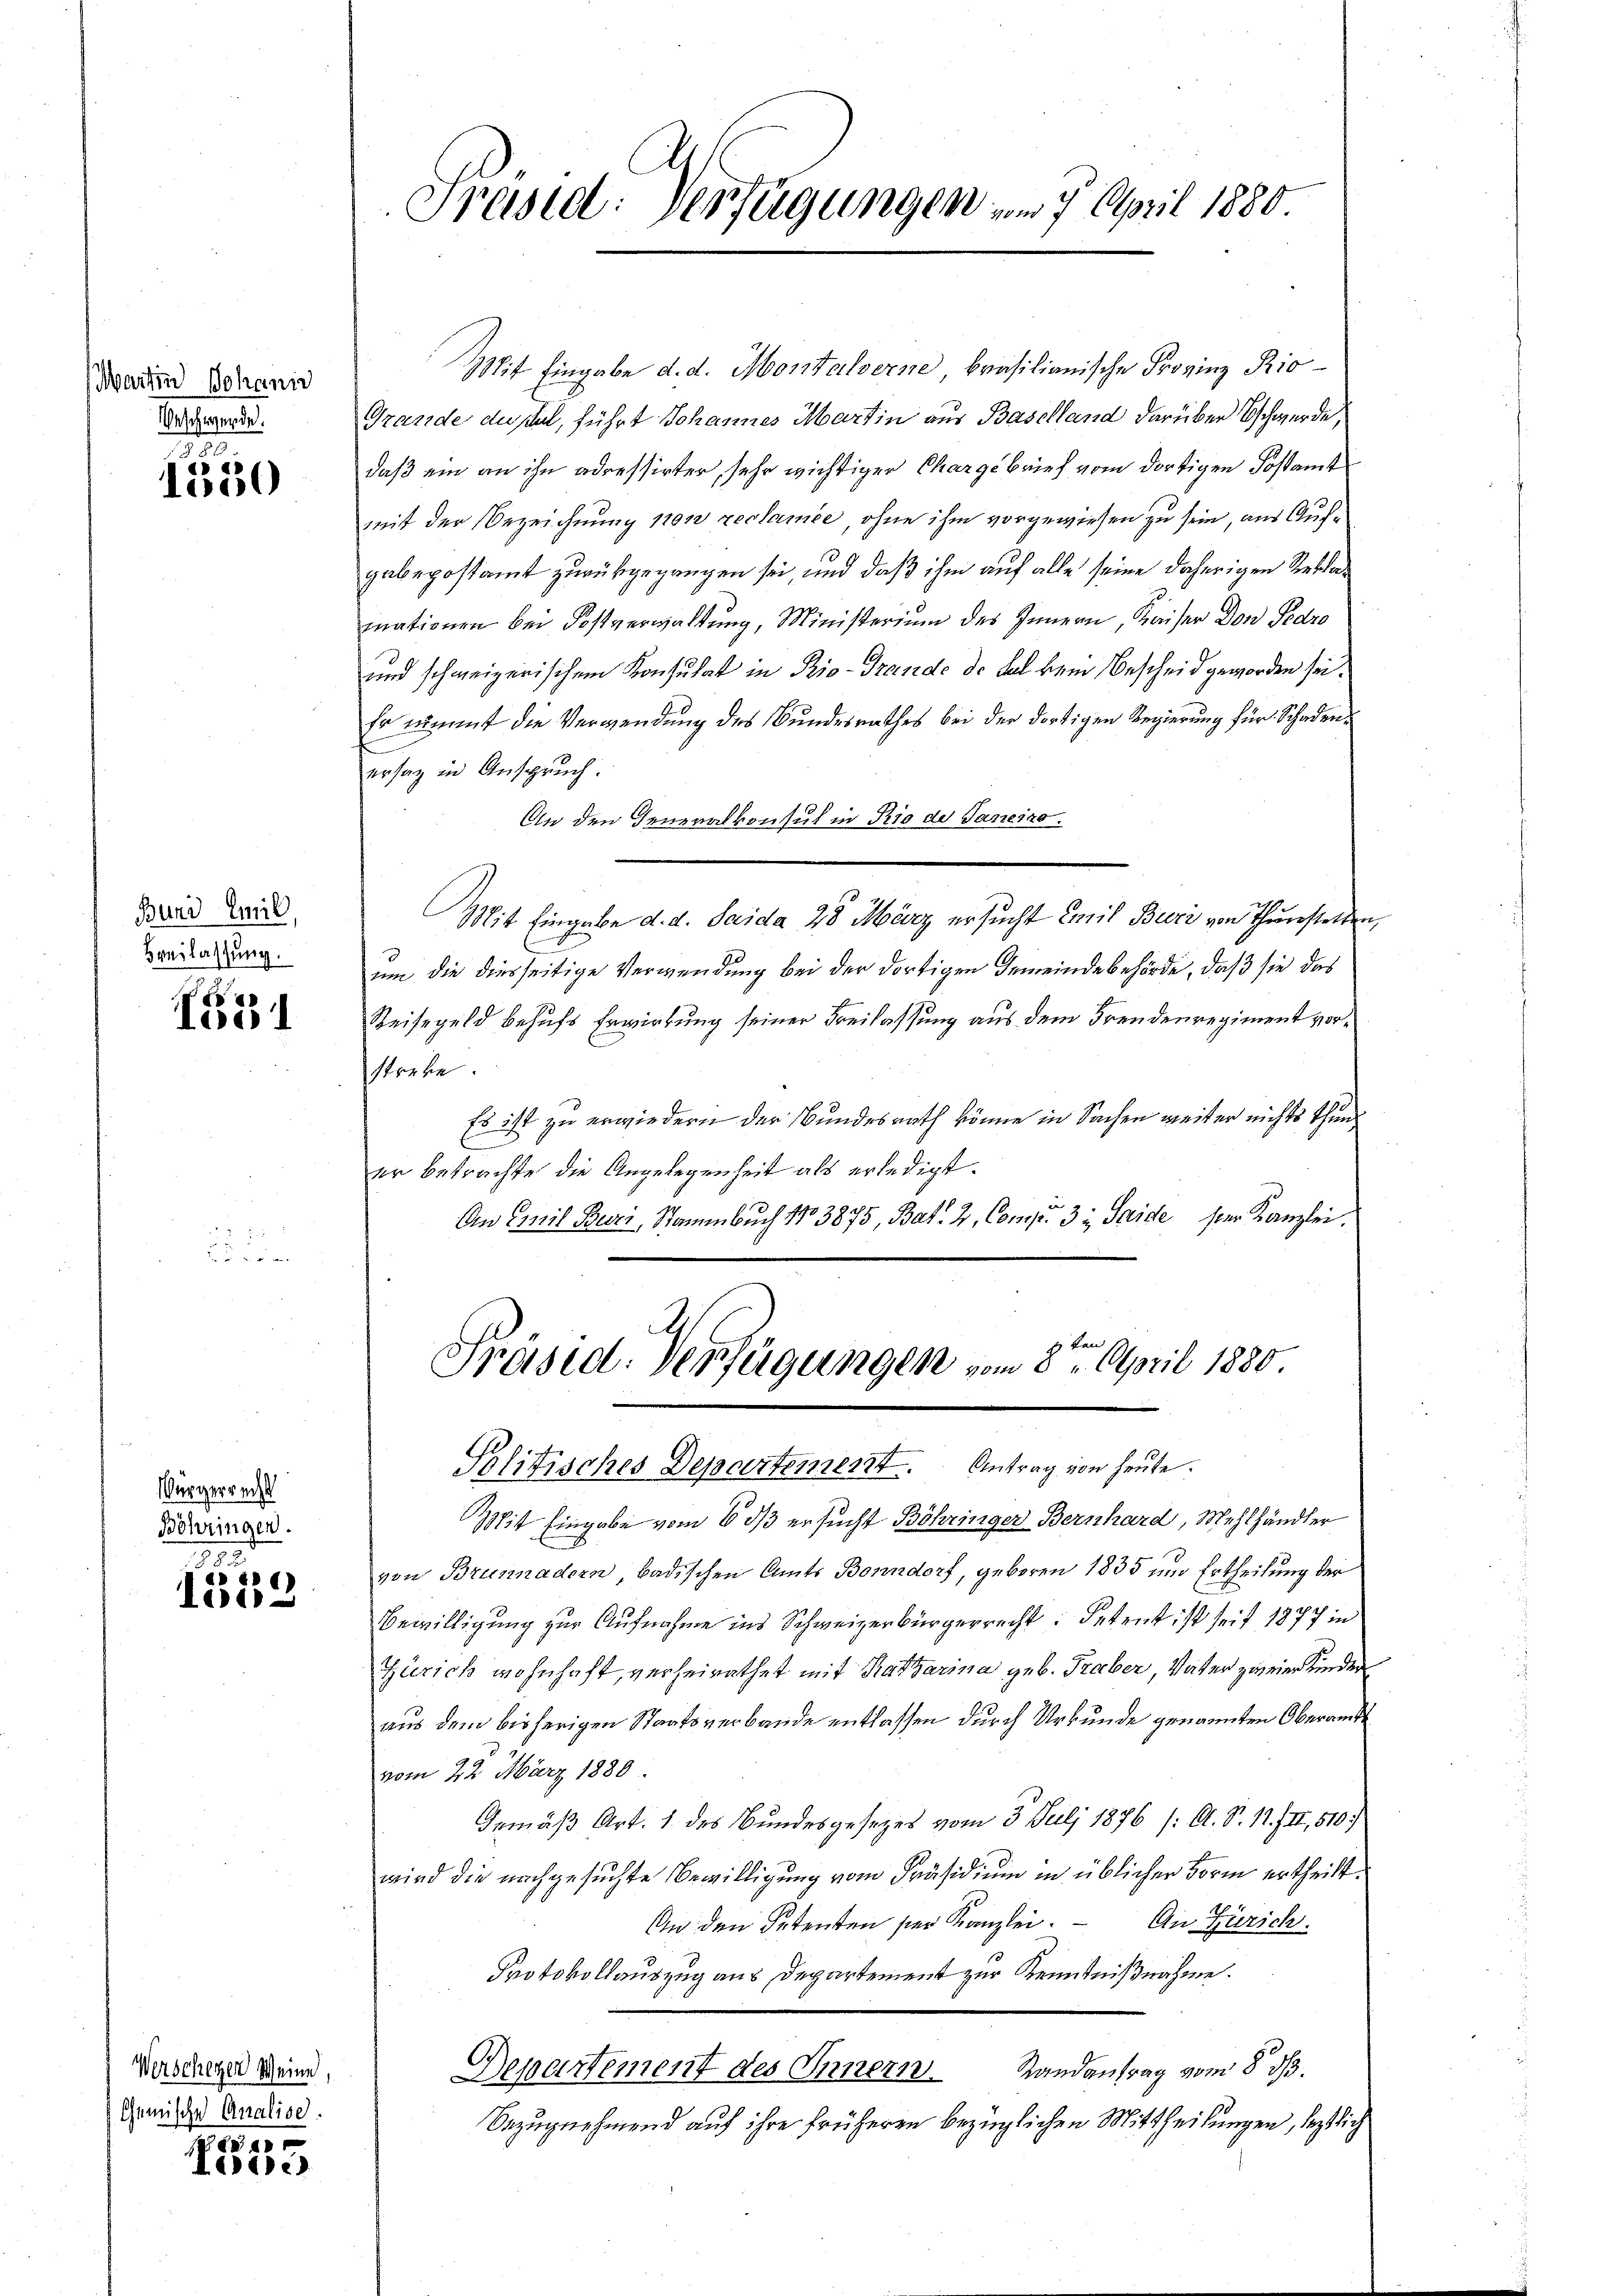
Martin Johann
Beschwerde.

1835
e
e

Bund Emil
Breilassung.

1651

Würgerrecht
Böhringen.

d
l e f
e

Werscheger Weine,
Chemische Analise.
Feder

Leere

Präsid. Verfügungen vom 7. April 1880.

Mit Eingabe d. d. Montalverne brasilianische Provinz Rio¬
Grande dessel, führt Johannes Martin aus Baselland darüber schwerde,
daß ein an ihn adressirter, sehr wichtiger Chargebrief vom dortigen Postamt
mit der Bezeichnung non reclamée, ohne ihm vorgewiesen zu sein, aus Aufgabepostamt zurückgegangen sei, und daß ihm auf alle seine daherigen Reklamationen bei Postverwaltung, Ministerium des Innern, Kaiser Don Pedro
und schweizerischem Konsulat in Pio-Grande de del kein Bescheid geworden sei.
Er nimmt die Verwendung des Bundesrathes bei der dortigen Regierung für Schadenersag in Anspruch.
An den Generalkonsul in Rio de Janeiro.
Mit Eingabe d. d. Saida 28. März ersucht Emil Beeri von Thurstellen,
um die diesseitige Verwendung bei der dortigen Gemeindebehörde, daß sie das
Reisegeld behufs Erwirkung seiner Freilassung aus dem Freudenregiment vorstrebe.
Es ist zu erwiedern der Bundesrath könne in Sachen weiter nichts thun
er betrachte die Angelegenheit als erledigt.
An Emil Beri, Stammbŭch 13875, Bat. 2, Comp. 33, Saide ser Kanzlei.
Präsid. Verfügungen vom 8ten April 1880.

Politisches Departement. Antrag von heute.

Mit Eingabe vom 6. 33 ersucht Böhringer Bernhard, Mehlhändler
von Brunnadern, badischen Amts Bonndorf, geboren 1835 und Ertheilung der
Bewilligung zur Aufnahme ins Schweizerbürgerrecht: Petent ist seit 1877 in
Zürich wohnhaft, verheirathet mit Katharina geb. Traber, Vater zweier Kinder
aus dem bisherigen Staatsverbande entlassen durch Urkunde genannten Oberamtes
vom 22. März 1880
Gemäß Art. 1 des Bundesgesezes vom 3. Juli 1876 /: A. S. 11. III, 510.
wird die nachgesuchte Bewilligung vom Präsidium in üblicher Form ertheilt.
An den Petenten sei Kanzlei. An Zürich.
Protokollauszug aus Departement zur Kenntnißnahme.
Departement des Innern. Randantrag vom 8. ds.
Bezugnehmend auf ihre früheren bezüglichen Mittheilungen, leztlich